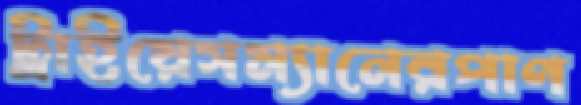
ট্রাইয়েসম্যানেরপাণ